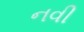
નવી